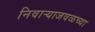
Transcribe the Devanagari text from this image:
निवाऱ्याजवळच्या